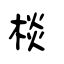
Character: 棪